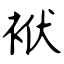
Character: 袱